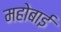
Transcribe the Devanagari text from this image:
महोबाई